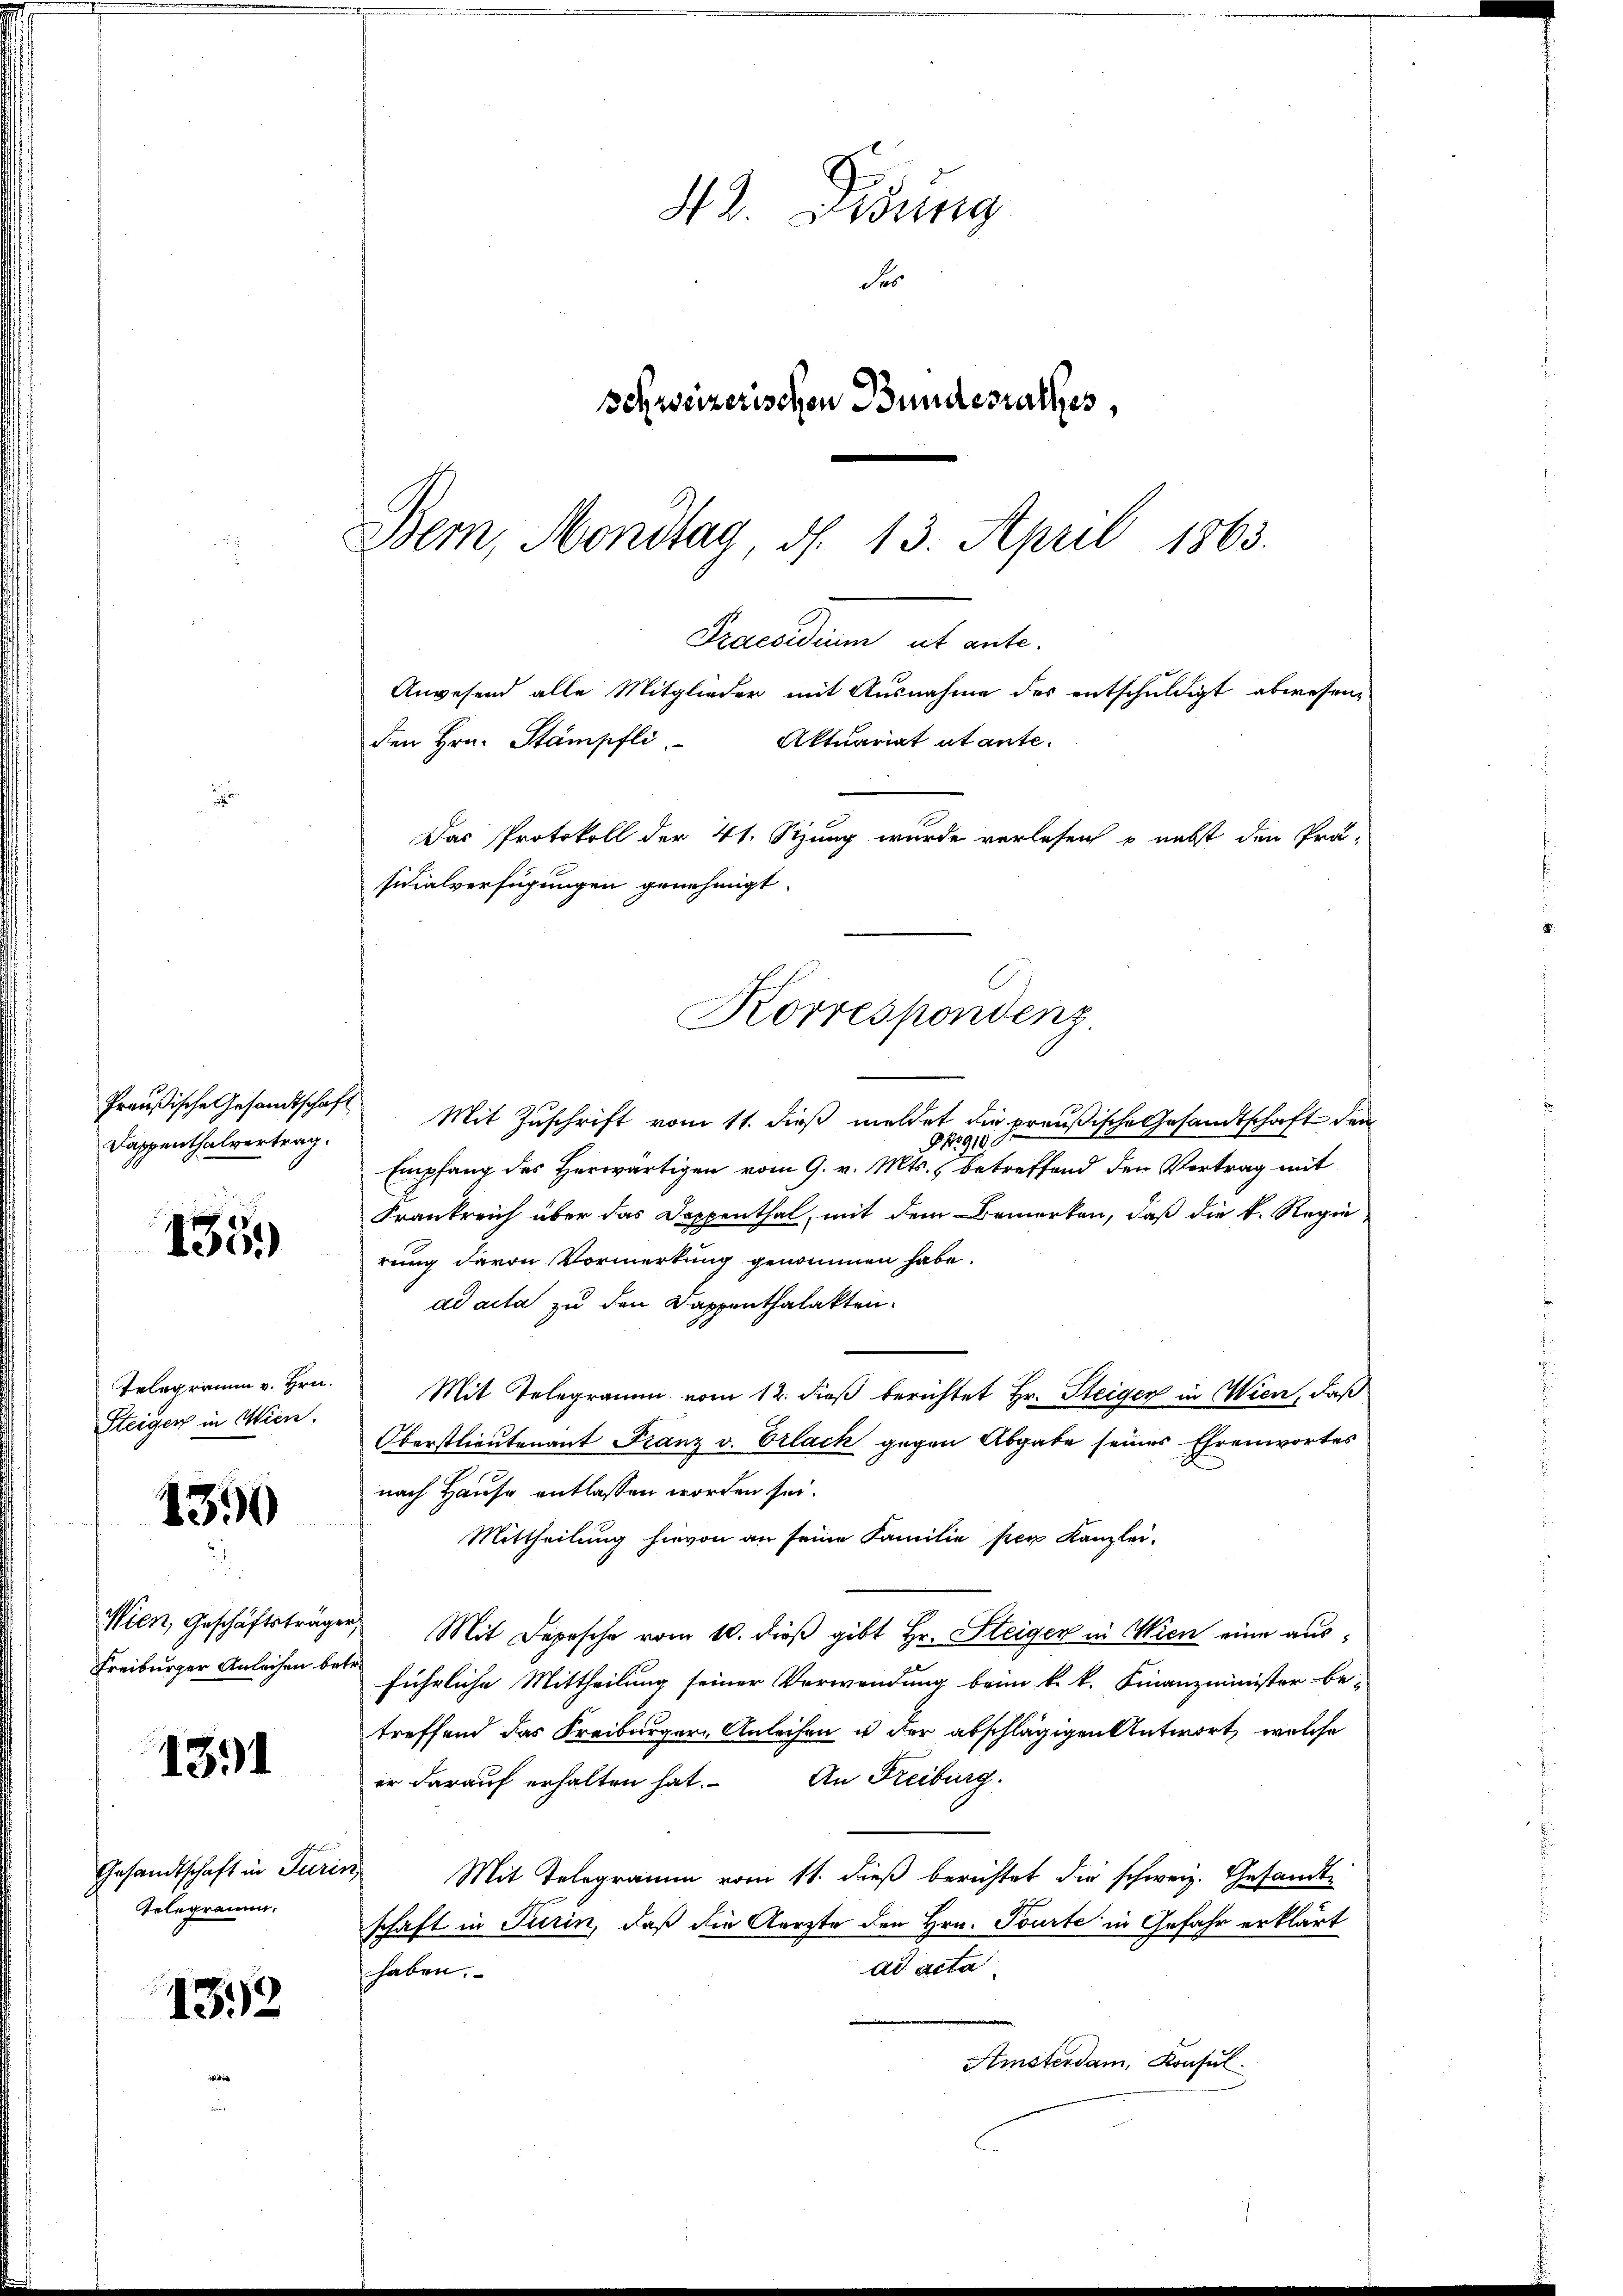
Preußische Gesandtschaft
Dappenthalvertrag.

135.)

Telegramm v. Hrn.
Steiger in Wien.

1390

Wien, Geschäftsträge.
Freiburger Anleihen bei

1391

Gesandtschaft in Turi
Telegramm.

13.12

42. Didung
Fes
schweizerischen Bundesrathes,
Bern, Montag, d. 13. April 1863.

Praesidium ut ante.
Anwesend alle Mitglieder mit Ausnahme des entschuldigt abwesen,
den Hrn. Stämpfli
Aktuariat et ante.
Das Protokoll der 41. Stzung wurde verlesen o nebst den Prä-
sidialverfügungen genehmigt
Korrespondenz

Mit Zuschrift vom 11. dieß meldet die preußische Gesandtschaft dem
G 1910
Empfang des Herwärtigen vom 9. v. Mts. betreffend den Vertrag mit
Frankreich über das Dappenthal, mit dem Bemerken, daß die k. Regie
rung davon Vormerkung genommen habe.
ad acta zu den Kappenthalakten.
Mit Telegramm vom 12. dieβ berichtet Hr. Steiger in Wien, daß
Oberstlieutenant Franz v. Erlach gegen Abgabe seines Ehrenwortes
nach Hause entlassen worden sei.
Mittheilung hievon an seine Familie per Kanzlei-
Mit Depesche vom 10. dieß gibt Hr. Steiger in Wien eine ausführliche Mittheilung seiner Verwendung beim k. k. Finanzminister be-
treffend das Freiburger Anleihen u der abschlägigen Antwort, welche
er darauf erhalten hat. An Freiburg.
Mit Telegramm vom 11. dieß berichtet die schweiz. Gesandte
schaft in Turin, daß die Aerzte den Hrn. Tourte in Gefahr erklärt
ad acta
haben.
Amsterdam, Konsul